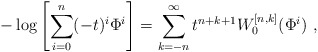
\begin{align*}-\log\left[\sum_{i=0}^{n}(-t)^i\Phi^i\right]=\sum_{k=-n}^{\infty}t^{n+k+1}W_0^{[n,k]}(\Phi^i)~,\end{align*}